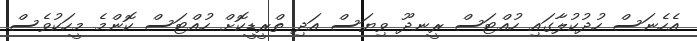
އެހެނަސް ހުދުކުލާގައި ހުއްޓަސް ރީނދޫ ވިޔަސް އަދި ތްރީޑީކޮށް ހުއްޓަސް ކޮންމެ މީހަކުވެސް